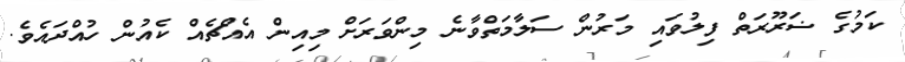
ކަމުގެ ޟަރޫރަތް ފިލުވައި މަރުން ސަލާމަތްވާނެ މިންވަރަށް މިއިން އެއްޗެއް ކެއުން ހުއްދައެވެ.